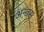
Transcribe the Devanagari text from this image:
अन्तस